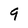
Character: 9